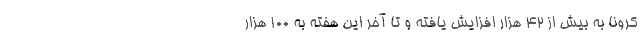
کرونا به بیش از ۴۲ هزار افزایش یافته و تا آخر این هفته به ۱۰۰ هزار